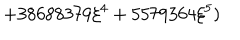
\displaystyle \hspace { 3 c m } + 3 8 6 8 8 3 7 9 \xi ^ { 4 } + 5 5 7 9 3 6 4 \xi ^ { 5 } )